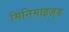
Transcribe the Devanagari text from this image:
मिनिमाइज़्ड